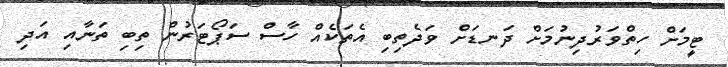
ޓީމަށް ހިތްވަރުދިނުމަަށް ދަނޑަށް ވަދެތިބި އެތަކެއް ހާސް ސަޕޯޓަރުން ތިބި ތަނާއި އަދި